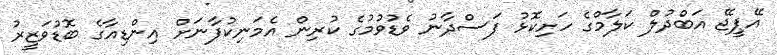
އޭޕީޖޭ އަބްދުލް ކަލާމްގެ ހަށިކޮޅު ފަސްދާނު ވެޑުވުމުގެ ކުރިން އެމަނިކުފާނަށް އިންޑިއާގެ ބޮޑުވަޒީރު